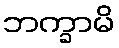
ဘက္ခာမိ